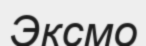
Эксмо